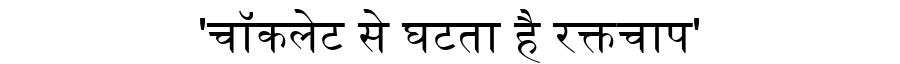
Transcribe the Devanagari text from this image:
'चॉकलेट से घटता है रक्तचाप'